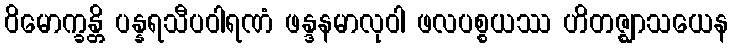
ဝိမောက္ခန္တိ ပန္နရသီပဝါရဏံ ဖန္ဒနမာလုဝါ ဖလပစ္စယဿ ဟိတဇ္ဈာသယေန